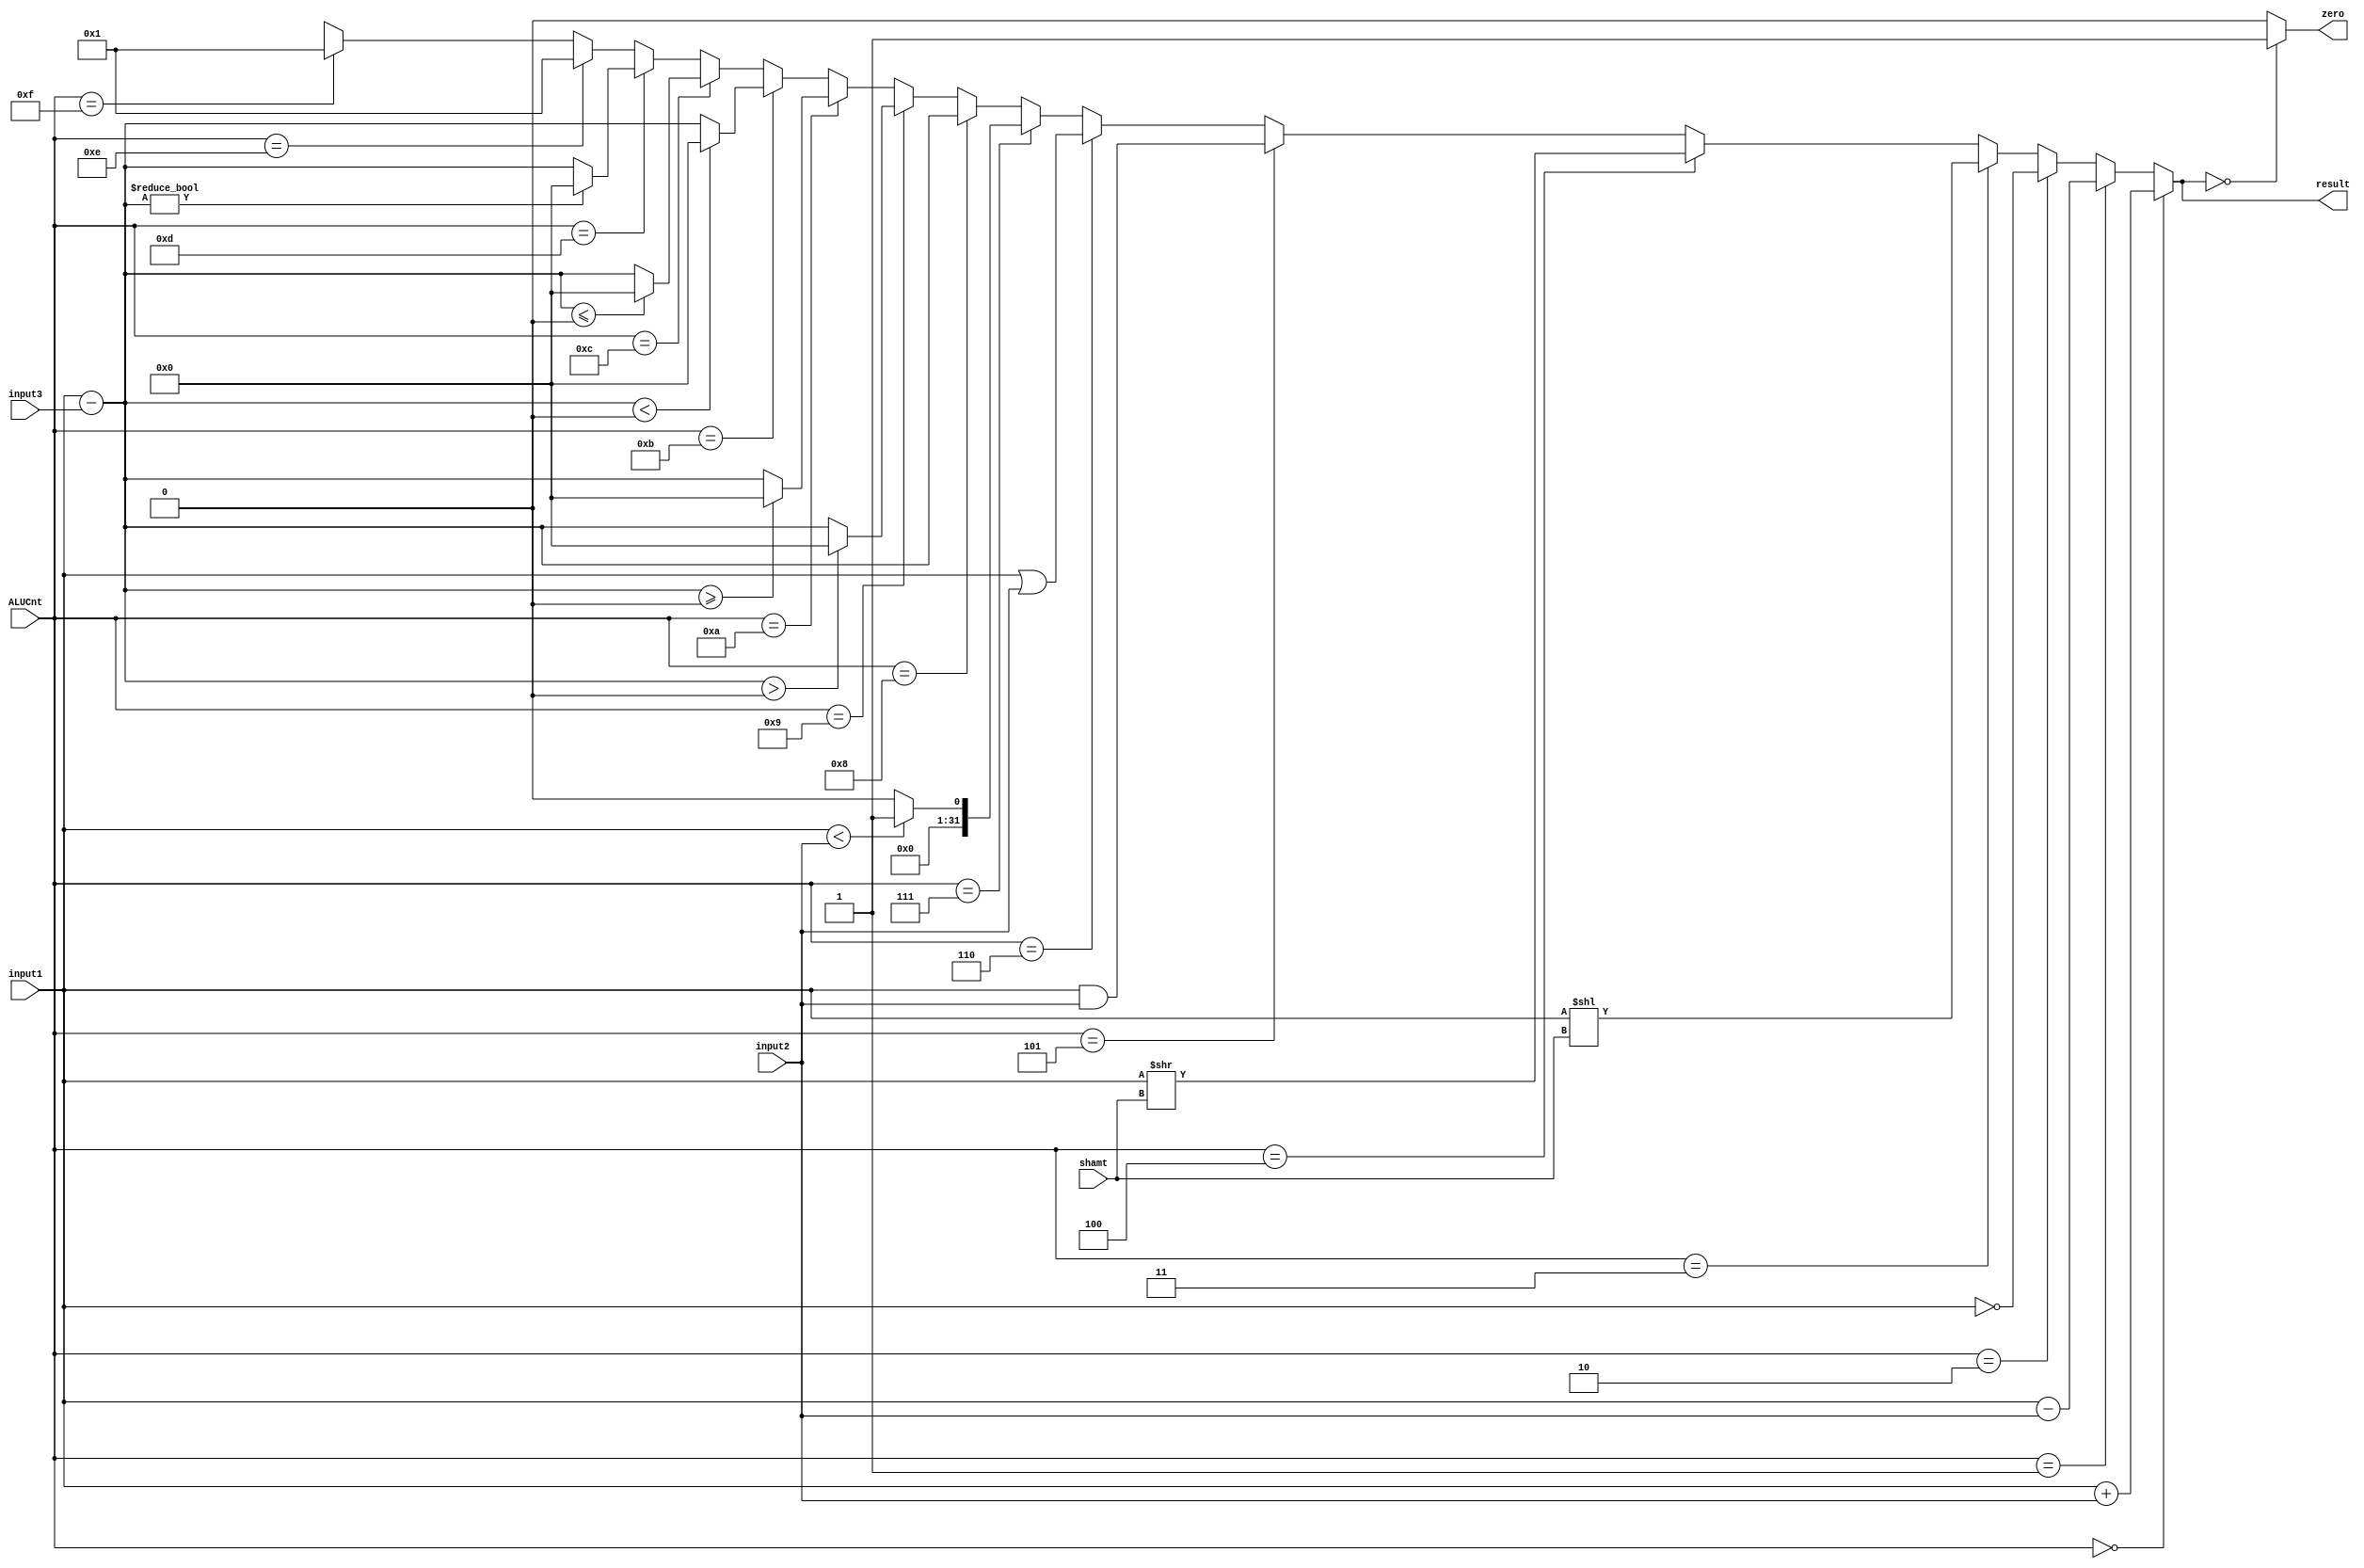
`timescale 1ns / 1ps
//////////////////////////////////////////////////////////////////////////////////
// Company: 
// Engineer: 
// 
// Design Name: 
// Module Name:    Alu 
// Project Name: 
// Target Devices: 
// Tool versions: 
// Description: 
//
// Dependencies: 
//
// Revision: 
// Revision 0.01 - File Created
// Additional Comments: 
//
//////////////////////////////////////////////////////////////////////////////////
module Alu( input [3:0]ALUCnt, input [31:0]input1,input[31:0] input2 , input[31:0] input3
,input[4:0] shamt,
	output [31:0]result,output zero
	);//input3 is aludata2 for branch
//
									
assign result = ALUCnt == 4'b0000 ? input1 + input2:
					 ALUCnt == 4'b0001 ? input1 - input2:
					 ALUCnt == 4'b0010 ? ~input1:
					 ALUCnt == 4'b0011 ? input1 << shamt:
					 ALUCnt == 4'b0100 ? input1 >> shamt:
					 ALUCnt == 4'b0101 ? input1 & input2:
					 ALUCnt == 4'b0110 ? input1 | input2:
					 ALUCnt == 4'b0111 ? (input1 < input2 ? 1 : 0):
					 ALUCnt == 4'b1000 ? (input1-input3): //beq
					 
					 ALUCnt == 4'b1001 ? ( (input1-input3)>0  ? 0:(input1-input3) )://bgt
					 ALUCnt == 4'b1010 ? ( (input1-input3)>=0 ? 0:(input1-input3) ): //bge
					 ALUCnt == 4'b1011 ? ( (input1-input3)<0  ? 0:(input1-input3) ): //blt
					 ALUCnt == 4'b1100 ? ( (input1-input3)<=0 ? 0:(input1-input3) ): //ble
					 ALUCnt == 4'b1101 ? ( (input1-input3)!=0 ? 0:(input1-input3) ): //bne
					
					 ALUCnt == 4'b1110 ? 1://j
 					 ALUCnt == 4'b1111 ? 1://jal
					 
					 ALUCnt == 4'b0100 ? input1*input2: //multi
					 ALUCnt == 4'b0101 ? input1/input2: //divi
					 ALUCnt == 4'b0110 ? input1>>input2: //divi
				
					 32'bx;
							
assign zero = result == 0 ? 1 : 0 ;


endmodule